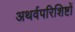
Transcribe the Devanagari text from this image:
अथर्वपरिशिष्टों